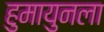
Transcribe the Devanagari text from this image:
हुमायुनला